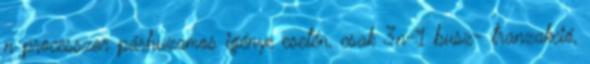
n processzor párhuzamos igénye esetén, csak 3n-1 busz- tranzakció,